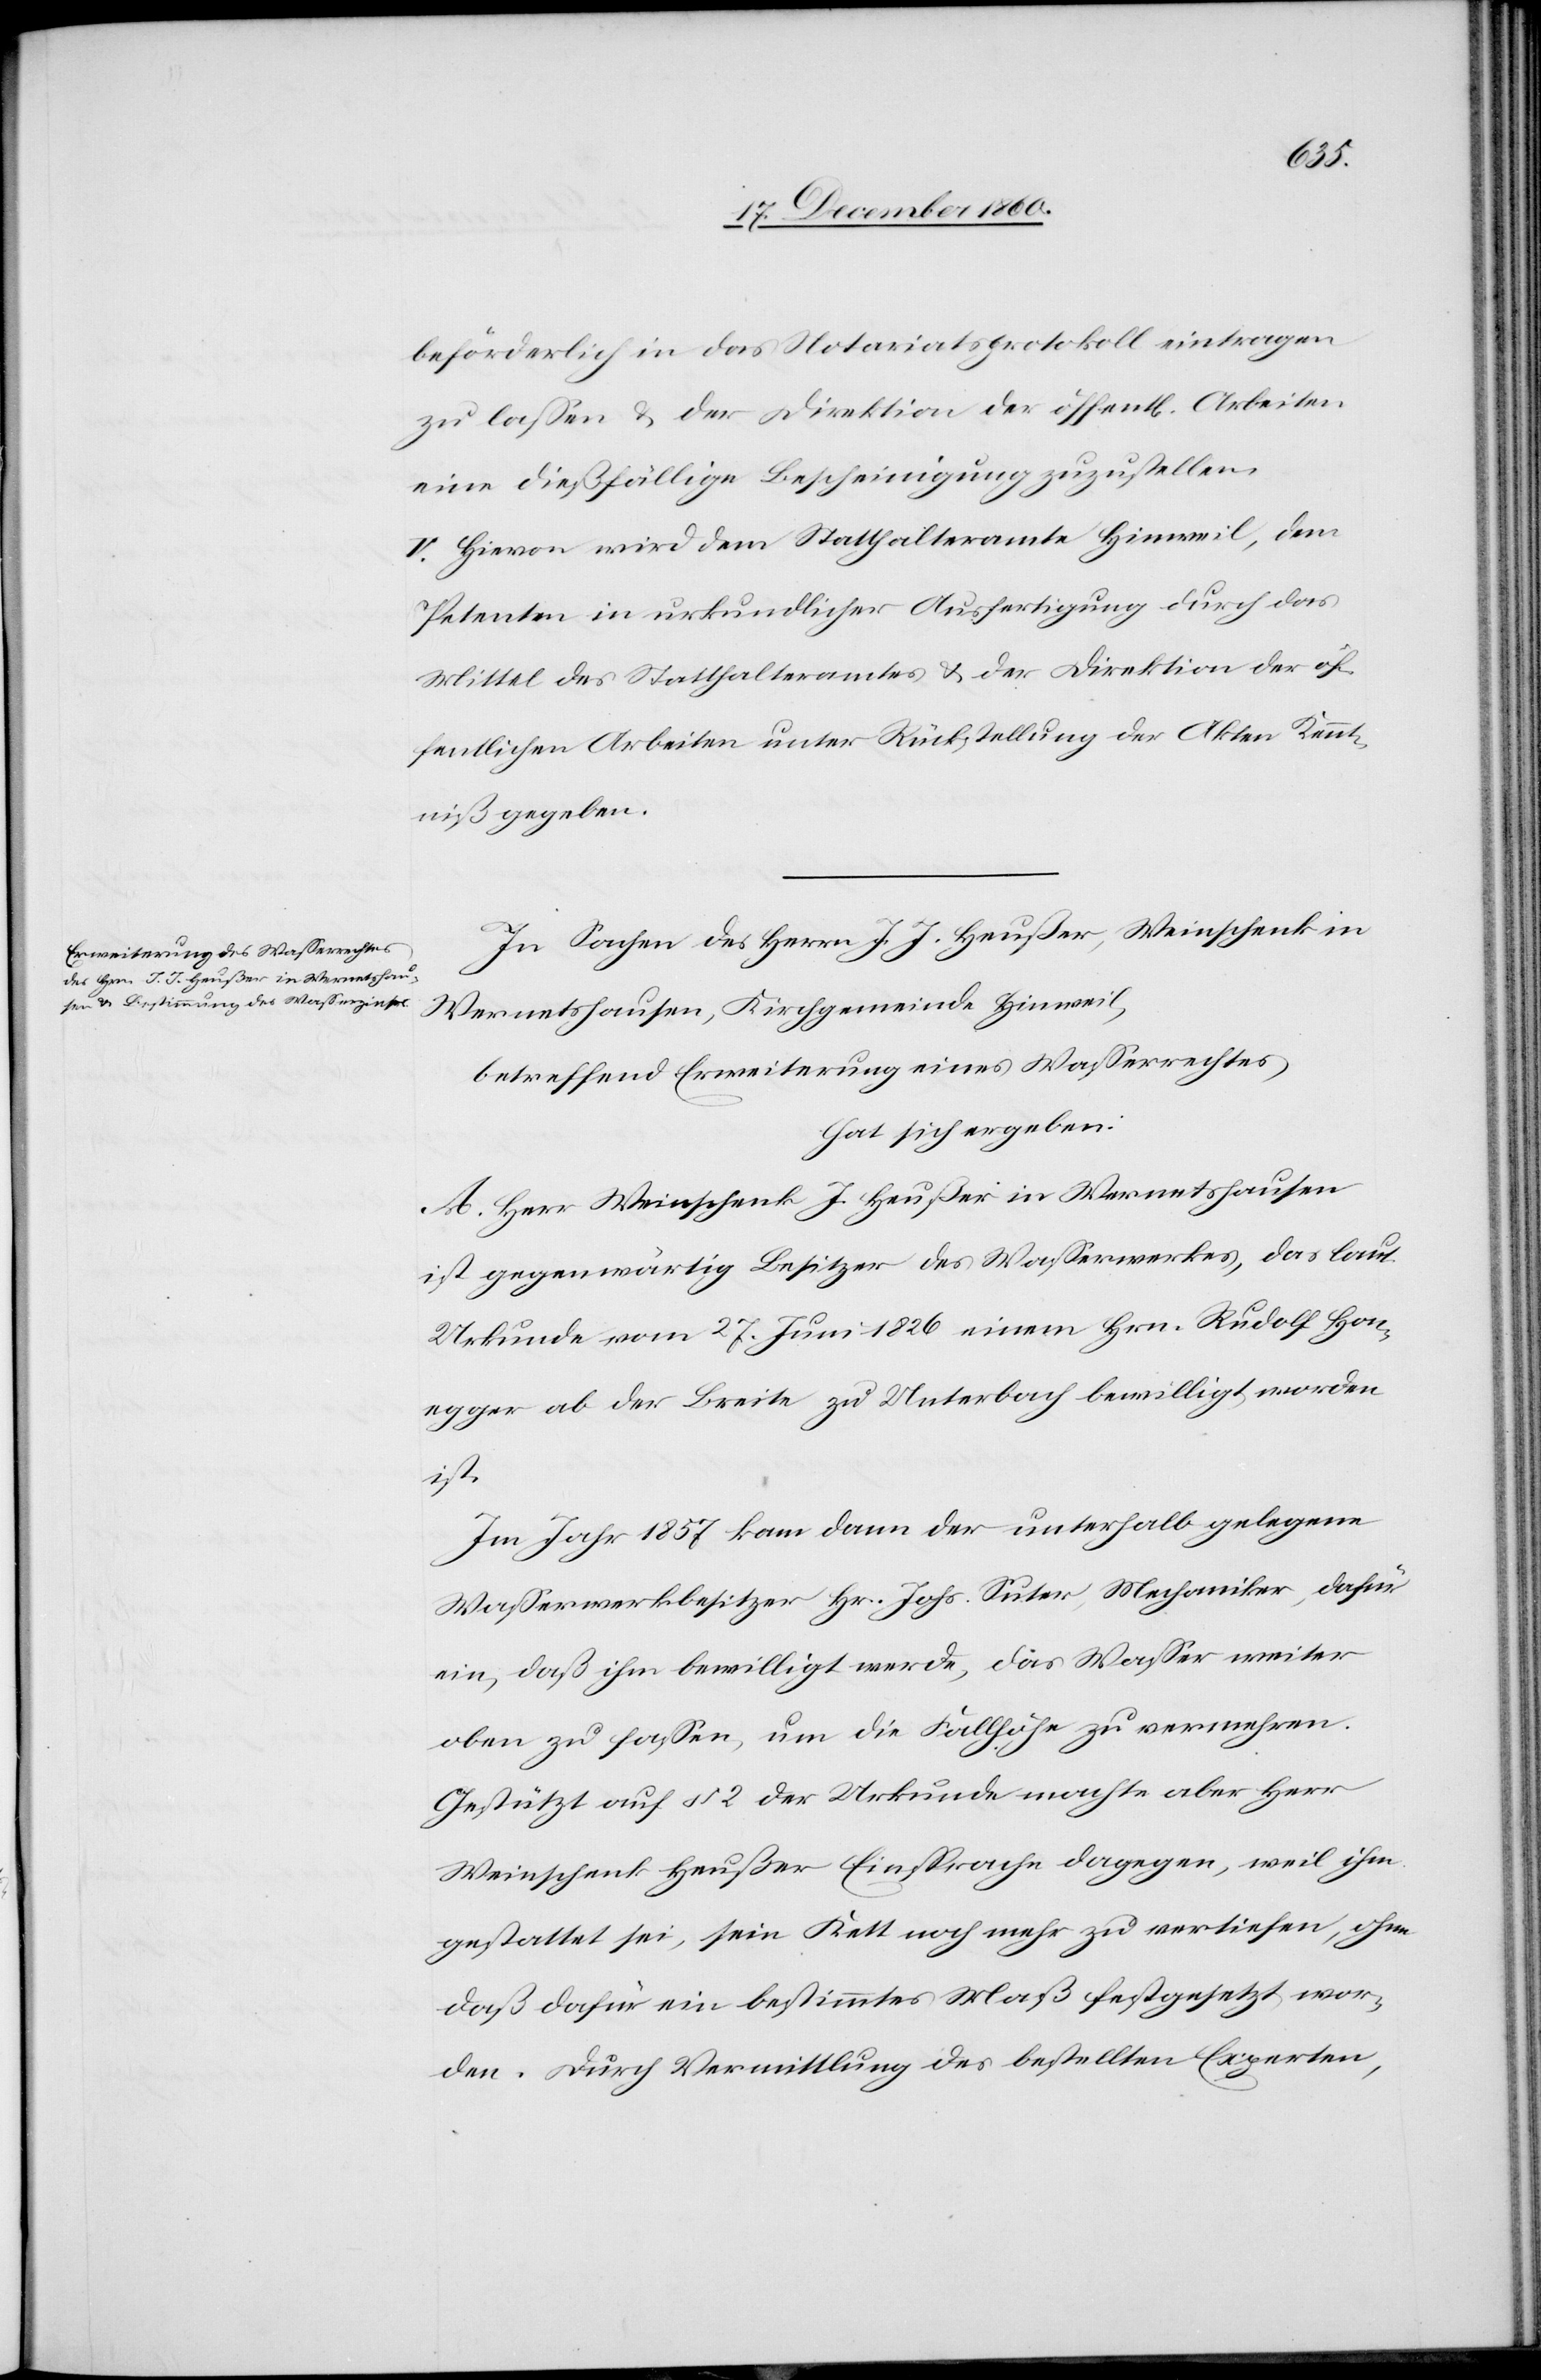
beförderlich in das Notariatsprotokoll eintragen
zu lassen u. der Direktion der öffent[lichen] Arbeiten
eine dießfällige Bescheinigung zuzustellen.
V. Hievon wird dem Statthalteramte Hinweil, dem
Petenten in urkundlicher Ausfertigung durch das
Mittel des Statthalteramtes u. der Direktion der öf¬
fentlichen Arbeiten unter Rückstellung der Akten Kennt¬
niß gegeben.
In Sachen des Herrn J. J. Heußer, Weinschenk in
Wernetshausen, Kirchgemeinde Hinweil,
betreffend Erweiterung eines Wasserrechtes
hat sich ergeben:
A. Herr Weinschenk J. Heußer in Wernetshausen
ist gegenwärtig Besitzer des Wasserwerkes, das laut
Urkunde vom 27. Juni 1826 einem Hrn. Rudolf Hon¬
egger ab der Breite zu Unterbach bewilligt worden
ist.
Im Jahr 1857 kam dann der unterhalb gelegene
Wasserwerkbesitzer Hr. Johs. Suter, Mechaniker, dafür
ein, daß ihm bewilligt werde, das Wasser weiter
oben zu fassen, um die Fallhöhe zu vermehren.
Gestützt auf § 2 der Urkunde machte aber Herr
Weinschenk Heußer Einsprache dagegen, weil ihm
gestattet sei, sein Kett noch mehr zu vertiefen, ohne
daß dafür ein bestimmtes Maß festgesetzt wor¬
den. Durch Vermittlung des bestellten Experten,